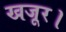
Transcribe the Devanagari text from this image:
खजूर।